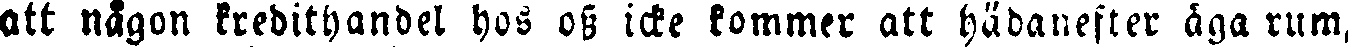
att någon kredithandel hos oss icke kommer att hädanefter äga rum,